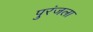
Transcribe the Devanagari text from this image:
पुरंजला